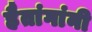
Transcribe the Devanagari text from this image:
हैतांगांनी